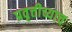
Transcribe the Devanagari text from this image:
प्रवृत्तीच्याच